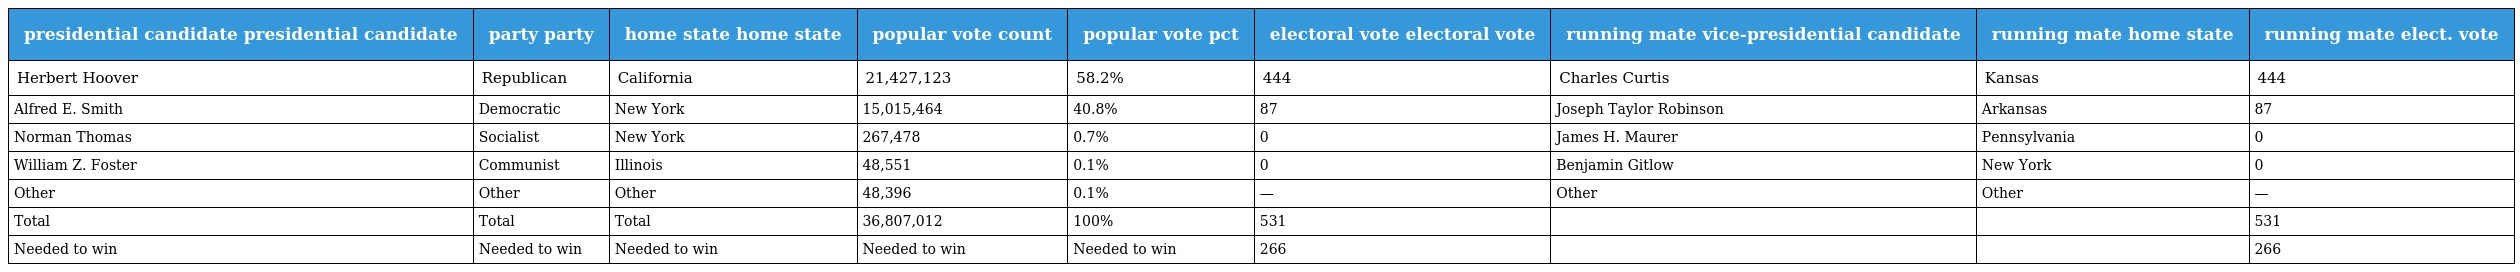
| presidential candidate presidential candidate | party party | home state home state | popular vote count | popular vote pct | electoral vote electoral vote | running mate vice-presidential candidate | running mate home state | running mate elect. vote |
 | --- | --- | --- | --- | --- | --- | --- | --- | --- |
 | Herbert Hoover | Republican | California | 21,427,123 | 58.2% | 444 | Charles Curtis | Kansas | 444 |
 | Alfred E. Smith | Democratic | New York | 15,015,464 | 40.8% | 87 | Joseph Taylor Robinson | Arkansas | 87 |
 | Norman Thomas | Socialist | New York | 267,478 | 0.7% | 0 | James H. Maurer | Pennsylvania | 0 |
 | William Z. Foster | Communist | Illinois | 48,551 | 0.1% | 0 | Benjamin Gitlow | New York | 0 |
 | Other | Other | Other | 48,396 | 0.1% | — | Other | Other | — |
 | Total | Total | Total | 36,807,012 | 100% | 531 |  |  | 531 |
 | Needed to win | Needed to win | Needed to win | Needed to win | Needed to win | 266 |  |  | 266 |